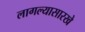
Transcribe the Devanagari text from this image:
लागल्यासारखे